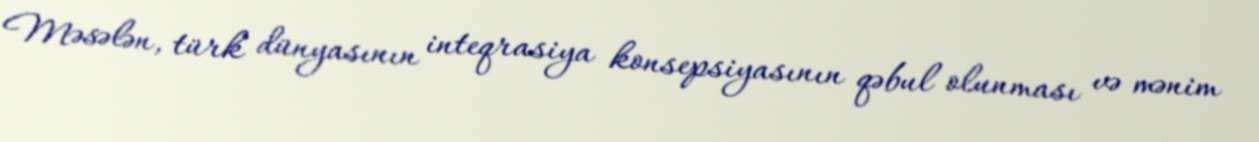
Məsələn, türk dünyasının inteqrasiya konsepsiyasının qəbul olunması və mənim